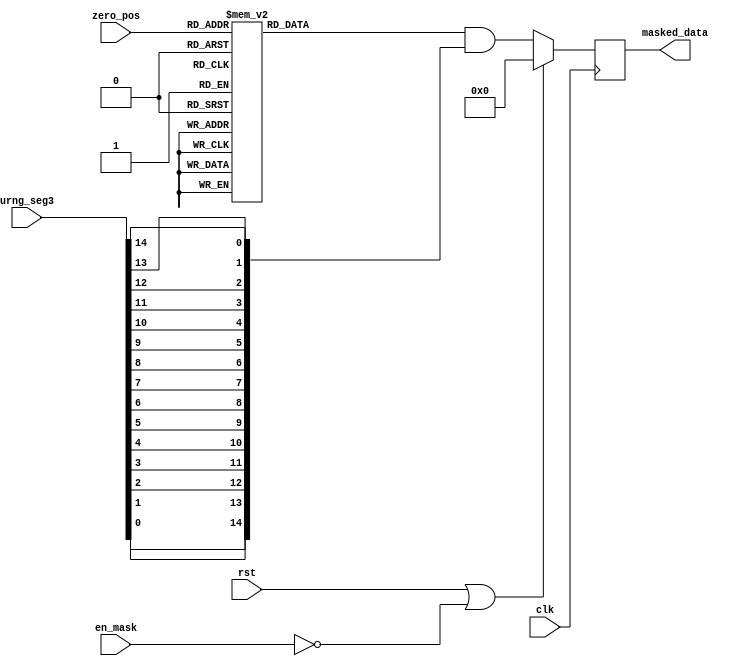
module mask20_15( clk,rst,		// I: Global IO (clock, reset)
				  en_mask, 		// I: Module Enable signal
				  zero_pos, 	// I: [5:0] Leading Zero Position
				  urng_seg3, 	// I: [14:0] URNG data [17:3]
				  masked_data 	// O: [14:0] Masked data
				  );

input clk,rst;				// I: Global IO (clock, reset)
input en_mask;              // I: Module Enable signal
input [5:0] zero_pos;       // I: [5:0] Leading Zero Position
input [14:0] urng_seg3;     // I: [14:0] URNG data [17:3]
output reg [14:0] masked_data;  // O: [14:0] Masked data

wire [14:0] shiftLSB2MSB; // Temporary variables for mask and shift operation
reg [14:0] mask;
// According to figure 3 from reference
always@(*)
	case(zero_pos)
		6'b111101: mask = 15'b1111_1111_1111_111;
		6'b111100: mask = 15'b0111_1111_1111_111;
		6'b111011: mask = 15'b1011_1111_1111_111;
		6'b111010: mask = 15'b1101_1111_1111_111;
		6'b111001: mask = 15'b1110_1111_1111_111;
		6'b111000: mask = 15'b1111_0111_1111_111;
		6'b110111: mask = 15'b1111_1011_1111_111;
		6'b110110: mask = 15'b1111_1101_1111_111;
		6'b110101: mask = 15'b1111_1110_1111_111;
		6'b110100: mask = 15'b1111_1111_0111_111;
		6'b110011: mask = 15'b1111_1111_1011_111;
		6'b110010: mask = 15'b1111_1111_1101_111;
		6'b110001: mask = 15'b1111_1111_1110_111;
		6'b110000: mask = 15'b1111_1111_1111_011;
		6'b101111: mask = 15'b1111_1111_1111_101;
		6'b101110: mask = 15'b1111_1111_1111_110;
		default: mask =15'b1111_1111_1111_111;
	endcase

// According to last note in Section 3 A
assign shiftLSB2MSB = {urng_seg3[0],urng_seg3[1],urng_seg3[2],urng_seg3[3],						 urng_seg3[4],urng_seg3[5],urng_seg3[6],urng_seg3[7],
					  urng_seg3[8],urng_seg3[9],urng_seg3[10],urng_seg3[11],urng_seg3[12],urng_seg3[13],urng_seg3[14]};

// Mask to Zero
always@(posedge clk)
	if(rst | ~en_mask)
		masked_data <= 15'd0;
	else
		masked_data <= mask & shiftLSB2MSB;

endmodule